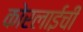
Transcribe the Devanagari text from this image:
कोरलाईची